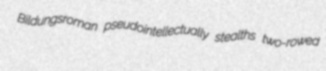
Bildungsroman pseudointellectually stealths two-rowed